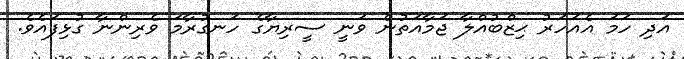
އަދި ހަމަ އެއަހަރު ޙިޒްބުއްލާ ޖަމާއަތުން ވަނީ ސީރިޔާގެ ހަނގުރާމަ ވެރިންނާ ގުޅިފައެވެ.